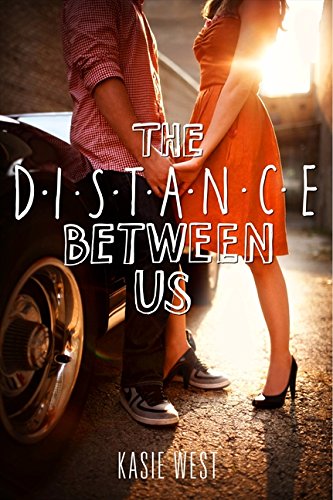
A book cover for The Distance Between Us; Kasie West; Teen & Young Adult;